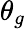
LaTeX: \theta_{g}